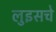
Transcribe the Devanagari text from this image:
लुइसचे